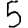
Digit: 5